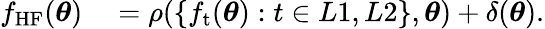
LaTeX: \begin{array}{rl}{f_{\mathrm{HF}}(\boldsymbol{\theta})}&{{}=\rho(\{ f_{\mathrm{t}}(\boldsymbol{\theta}):t\in L1,L2\} ,\boldsymbol{\theta})+\delta(\boldsymbol{\theta}).}\end{array}